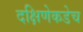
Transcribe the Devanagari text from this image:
दक्षिणेकडेच